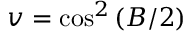
v = \cos ^ { 2 } \left( B / 2 \right)